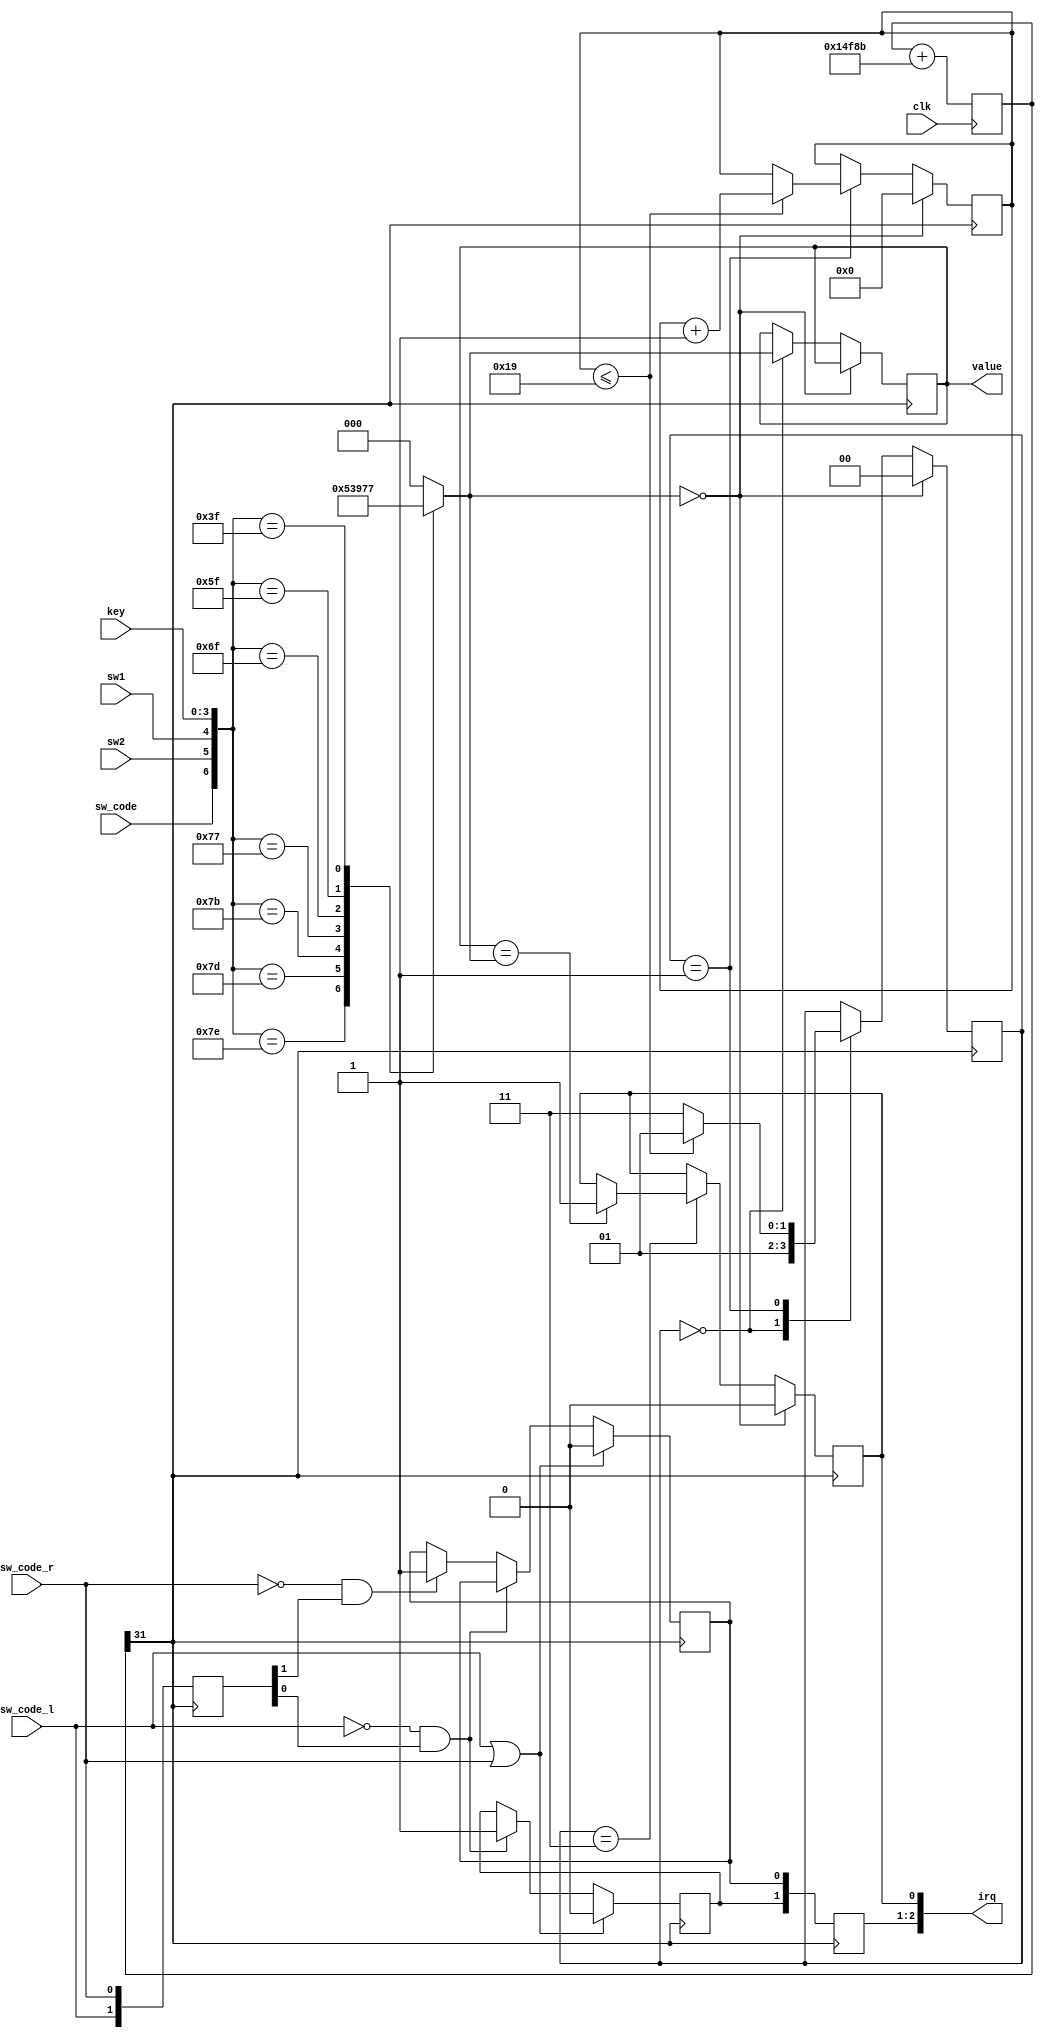
module key
(
	input 				clk,
	input 				sw_code,
	input 				sw_code_l,
	input 				sw_code_r,
	input 				sw1,
	input 				sw2,
	input [3:0]			key,

	output reg [2:0]	value,
	output reg [2:0]	irq
);
	wire [6:0]STA;
	reg [2:0]value_;

	assign STA[0]=key[0];
	assign STA[1]=key[1];
	assign STA[2]=key[2];
	assign STA[3]=key[3];
	assign STA[4]=sw1;
	assign STA[5]=sw2;
	assign STA[6]=sw_code;

	always@(STA)
	begin
		case(STA)
		7'b1111_110:value_<=3'd1;
		7'b1111_101:value_<=3'd2;
		7'b1111_011:value_<=3'd3;
		7'b1110_111:value_<=3'd4;
		7'b1101_111:value_<=3'd5;
		7'b1011_111:value_<=3'd6;
		7'b0111_111:value_<=3'd7;
		default:value_<=3'd0;
		endcase
	end

	wire  clk1;
	reg  [4:0]delay;
	reg  [1:0]sta;
	always@(posedge clk1)
	begin
		 if(value_==3'd0)
			begin
				delay<=5'd0;
				sta=2'b00;
				irq[0]=1'b0;
			end
		 else
			begin
				case(sta)
				  2'b00:begin
							  value<=value_;
							  sta<=2'b01;
						  end
				  2'b01:begin
							  if(delay<=5'd25)
								 begin
								  delay<=delay+1;
								  sta<=2'b01;
								 end
							  else
								  sta<=2'b11;
						  end
				  2'b11:begin
							 sta<=sta;
							  if(value==value_)
								  begin
									 irq[0]=1'b1;
								  end
							  else
								  begin
								  sta<=sta;
								  end
						  end
					default:sta<=sta;
				endcase
			end
	end

	reg [31:0] count;
	assign clk1=count[31];
	always @(posedge clk)
		count <= count + 32'd85899;

	reg [1:0]state;
	reg  irq_l,irq_r;
	always @(posedge clk1)
	begin
		state[0]<=sw_code_r;
		state[1]<=sw_code_l;
		irq[2:1]={irq_l,irq_r};
		if(sw_code_l|sw_code_r)begin
			 irq_l<=1'b0;
			 irq_r<=1'b0;
		end
		else begin
			 if(!sw_code_l&state[0])
					irq_l<=1'b1;
			 else if(!sw_code_r&state[1])irq_r<=1'b1;
			 else begin
					irq_l<=irq_l;
					irq_r<=irq_r;
			 end
		end
	end
	
endmodule